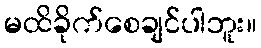
မထိခိုက်စေချင်ပါဘူး။